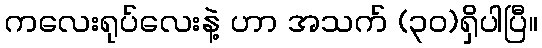
ကလေးရုပ်လေးနဲ့ ဟာ အသက် (၃၀)ရှိပါပြီ။